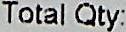
TOTAL QTY: